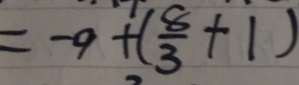
= - 9 + ( \frac { 8 } { 3 } + 1 )